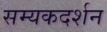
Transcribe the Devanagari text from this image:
सम्यकदर्शन